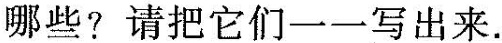
哪些?请把它们一-写出来。